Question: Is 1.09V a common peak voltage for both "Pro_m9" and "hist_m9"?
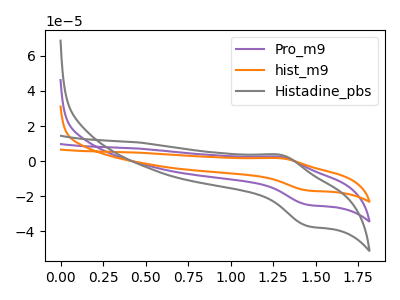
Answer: <think>The purple curve "Pro_m9" has an anodic peak at (1.30V, 2.40uA) and a cathodic peak at (1.45V, -25.00uA). The orange curve "hist_m9" has an anodic peak at (1.30V, 4.80uA) and a cathodic peak at (1.45V, -49.95uA). The gray curve "Histadine_pbs" has an anodic peak at (1.30V, 3.55uA) and a cathodic peak at (1.45V, -37.15uA).</think>
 <answer>No, "Pro_m9" and "hist_m9" dont share a peak at 1.09V.</answer>
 <eval>mismatch</eval>